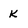
Character: K